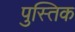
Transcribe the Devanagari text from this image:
पुस्तिक